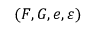
( F , G , e , \varepsilon )